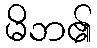
မိဘ၏